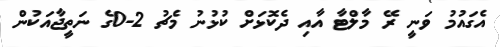
އެގައުމު ވަނީ ރޭ މާލްޓާ އާއި ދެކޮޅަށް ކުޅުނު މެޗު 2-0ގެ ނަތީޖާއަކުން